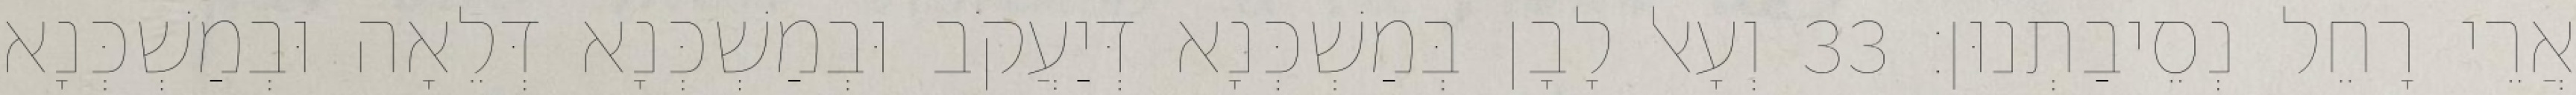
אֲרֵי רָחֵל נְסֵיבַתְנוּן׃ 33 וְעָאל לָבָן בְּמַשְׁכְּנָא דְּיַעֲקֹב וּבְמַשְׁכְּנָא דְּלֵאָה וּבְמַשְׁכְּנָא